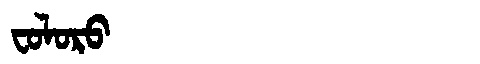
Manchu: ᠸᠣᠯᠣᡵᠣ
Romanization: FOLORO